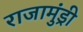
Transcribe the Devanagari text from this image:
राजामुंड्री